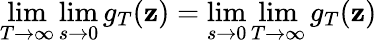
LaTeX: \operatorname*{lim}_{T\to\infty}\operatorname*{lim}_{s\to0}g_{T}(\mathbf{z})=\operatorname*{lim}_{s\to0}\operatorname*{lim}_{T\to\infty}g_{T}(\mathbf{z})